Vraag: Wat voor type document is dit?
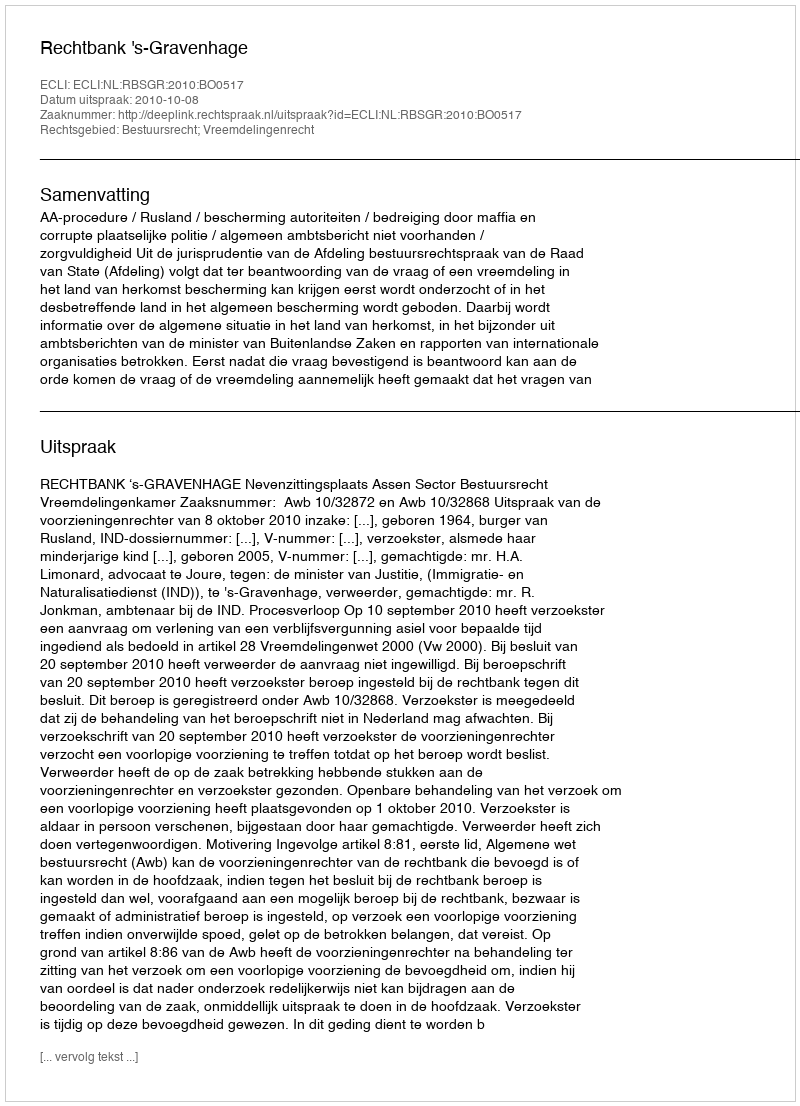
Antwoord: Uitspraak